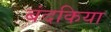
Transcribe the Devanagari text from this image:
बंदकिया